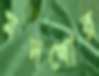
মদখোর